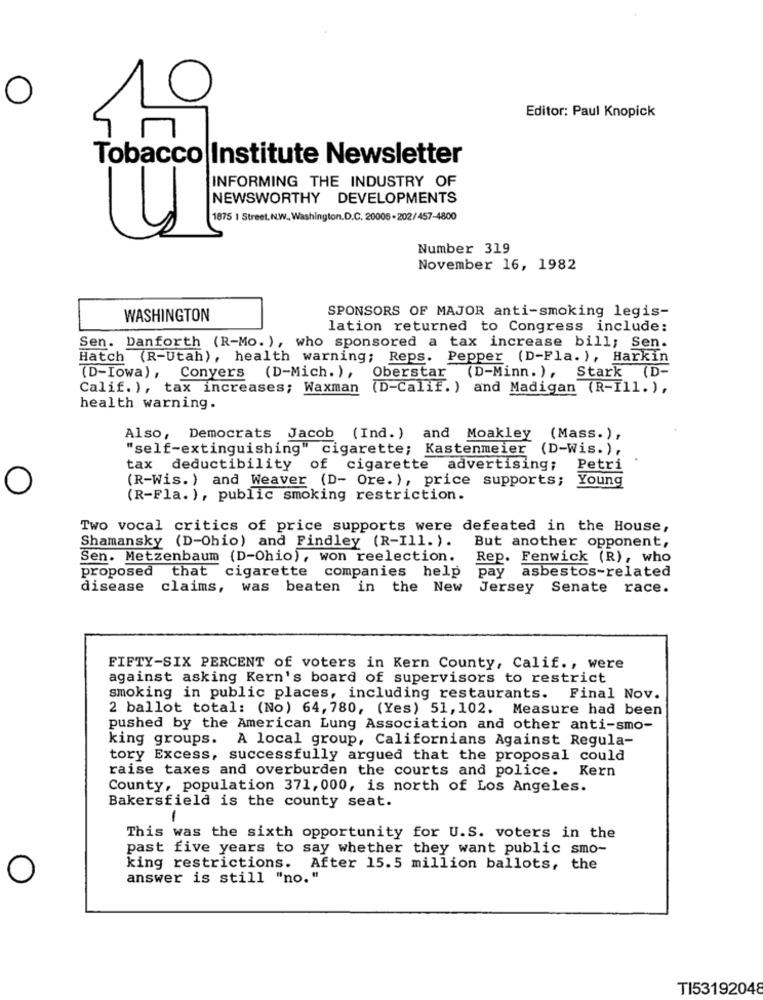
Editor: Paul Knopick
Tobacco Institute Newsletter
INFORMING THE INDUSTRY OF
NEWSWORTHY DEVELOPMENTS
1875 1 Street. N.W. Washington.D.C. 20005 - 202/457-4800
Number 319
November 16, 1982
WASHINGTON
SPONSORS OF MAJOR anti-smoking legis-
lation returned to Congress include:
Sen. Danforth (R-Mo. ), who sponsored a tax increase bill; Sen.
Hatch (R-Utah), health warning; Reps. Pepper (D-Fla. ), Harkin
(D-Iowa), Conyers (D-Mich. ), Oberstar (D-Minn. ), Stark (D-
Calif.), tax increases; Waxman (D-Calif. ) and Madigan (R-Ill. ),
health warning.
Also, Democrats Jacob (Ind.) and Moakley (Mass.),
"self-extinguishing" cigarette; Kastenmeier (D-Wis.),
tax deductibility
of cigarette advertising;
Petri
(R-Wis. ) and Weaver (D- Ore.), price supports; Young
(R-Fla. ), public smoking restriction.
Two vocal critics of price supports were defeated in the House,
Shamansky (D-Ohio) and Findley (R-Ill. ).
But another opponent,
Sen. Metzenbaum (D-Ohio), won reelection.
Rep. Fenwick (R), who
proposed
that cigarette companies help
pay
asbestos-related
disease
claims, was beaten in the New
Jersey Senate race.
FIFTY-SIX PERCENT of voters in Kern County, Calif ., were
against asking Kern's board of supervisors to restrict
smoking in public places, including restaurants.
Final Nov.
2 ballot total: (No) 64,780, (Yes) 51,102. Measure had been
pushed by the American Lung Association and other anti-smo-
king groups. A local group, Californians Against Regula-
tory Excess, successfully argued that the proposal could
raise taxes and overburden the courts and police.
Kern
County, population 371, 000, is north of Los Angeles.
Bakersfield is the county seat.
1
This was the sixth opportunity for U.S. voters in the
past five years to say whether they want public smo-
king restrictions. After 15.5 million ballots, the
O
answer is still "no."
TI53192048